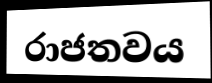
රාජතවය